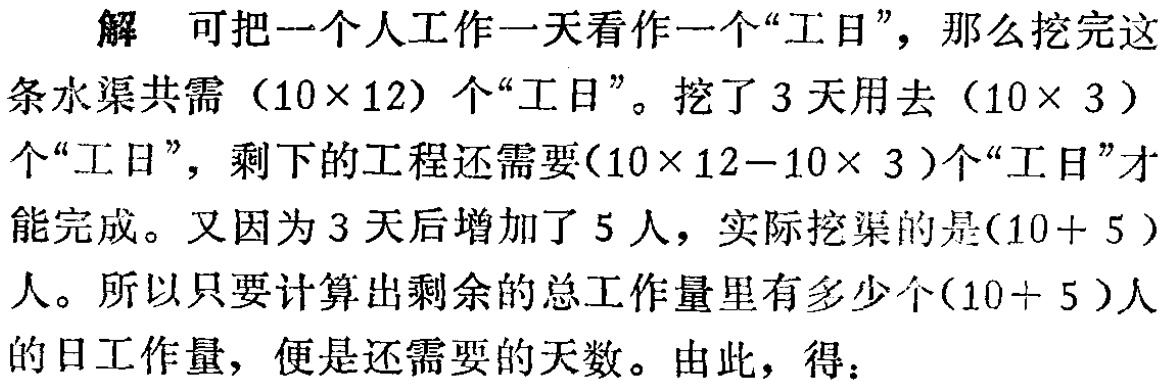
解 可把一个人工作一天看作一个“工日”，那么挖完这条水渠共需（$10\times 12$）个“工日”。挖了 3 天用去（$10\times 3$）个“工日”，剩下的工程还需要（$10\times 12 - 10\times 3$）个“工日”才能完成。又因为 3 天后增加了 5 人，实际挖渠的是（$10 + 5$）人。所以只要计算出剩余的总工作量里有多少个（$10 + 5$）人的日工作量，便是还需要的天数。由此，得：